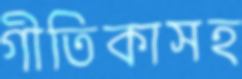
গীতিকাসহ